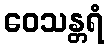
ဝေသန္တရံ